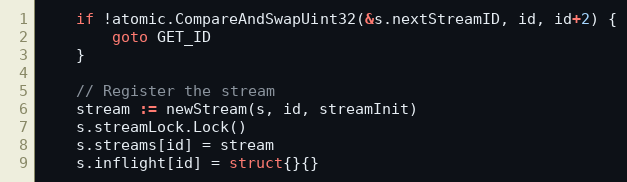
Language: Go
	if !atomic.CompareAndSwapUint32(&s.nextStreamID, id, id+2) {
		goto GET_ID
	}

	// Register the stream
	stream := newStream(s, id, streamInit)
	s.streamLock.Lock()
	s.streams[id] = stream
	s.inflight[id] = struct{}{}